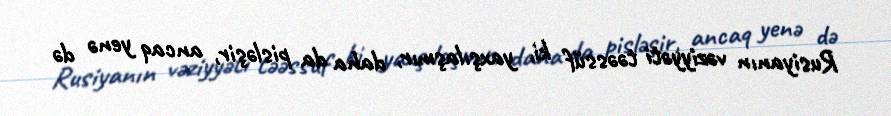
Rusiyanın vəziyyəti təəssüf ki, yaxşılaşmır, daha da pisləşir, ancaq yenə də